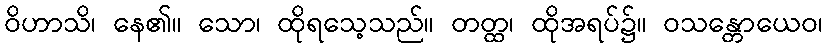
ဝိဟာသိ၊ နေ၏။ သော၊ ထိုရသေ့သည်။ တတ္ထ၊ ထိုအရပ်၌။ ဝသန္တောယေဝ၊